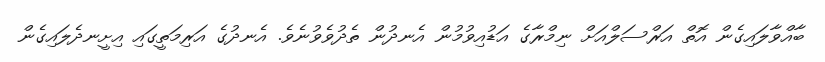
ބާއްވާލައިގެން އޮތް އަރްސަލްއަށް ނިމްރާގެ އަޑުއިވުމުން އެނދުން ތެދުވެވުނެވެ. އެނދުގެ އަރިމަތީގައި އިށީނދެލައިގެން